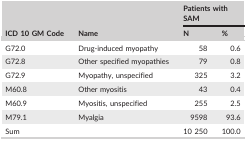
| <ROWSPAN=2> ICD 10 GM Code | <ROWSPAN=2> Name | <COLSPAN=2> Patients with SAM |
 | N | % |
 | --- | --- | --- | --- |
 | G72.0 | Drug‐induced myopathy | 58 | 0.6 |
 | G72.8 | Other specified myopathies | 79 | 0.8 |
 | G72.9 | Myopathy, unspecified | 325 | 3.2 |
 | M60.8 | Other myositis | 43 | 0.4 |
 | M60.9 | Myositis, unspecified | 255 | 2.5 |
 | M79.1 | Myalgia | 9598 | 93.6 |
 | Sum |  | 10 250 | 100.0 |